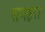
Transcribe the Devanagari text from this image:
समहरा